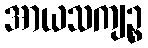
အာယသကျဉ္စ